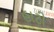
હાટી